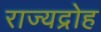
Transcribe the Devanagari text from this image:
राज्यद्रोह